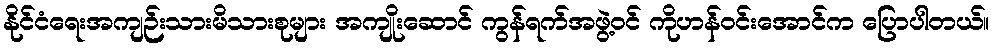
နိုင်ငံရေးအကျဉ်းသားမိသားစုများ အကျိုးဆောင် ကွန်ရက်အဖွဲ့ဝင် ကိုဟန်ဝင်းအောင်က ပြောပါတယ်။